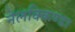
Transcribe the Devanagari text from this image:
नेलक्किण्डा